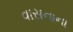
વાસનાના